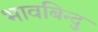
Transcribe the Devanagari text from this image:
भावबिन्दु